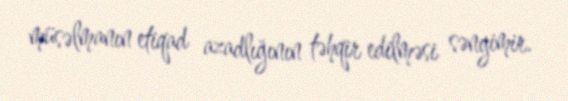
müsəlmanın etiqad azadlığının təhqir edilməsi səngimir.